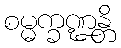
စမ္မက္ခဏ္ဍန္တိ